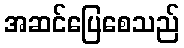
အဆင်ပြေစေသည်